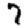
Digit: 7